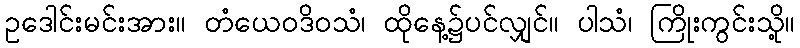
ဥဒေါင်းမင်းအား။ တံယေဝဒိဝသံ၊ ထိုနေ့၌ပင်လျှင်။ ပါသံ၊ ကြိုးကွင်းသို့။